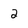
Character: 2